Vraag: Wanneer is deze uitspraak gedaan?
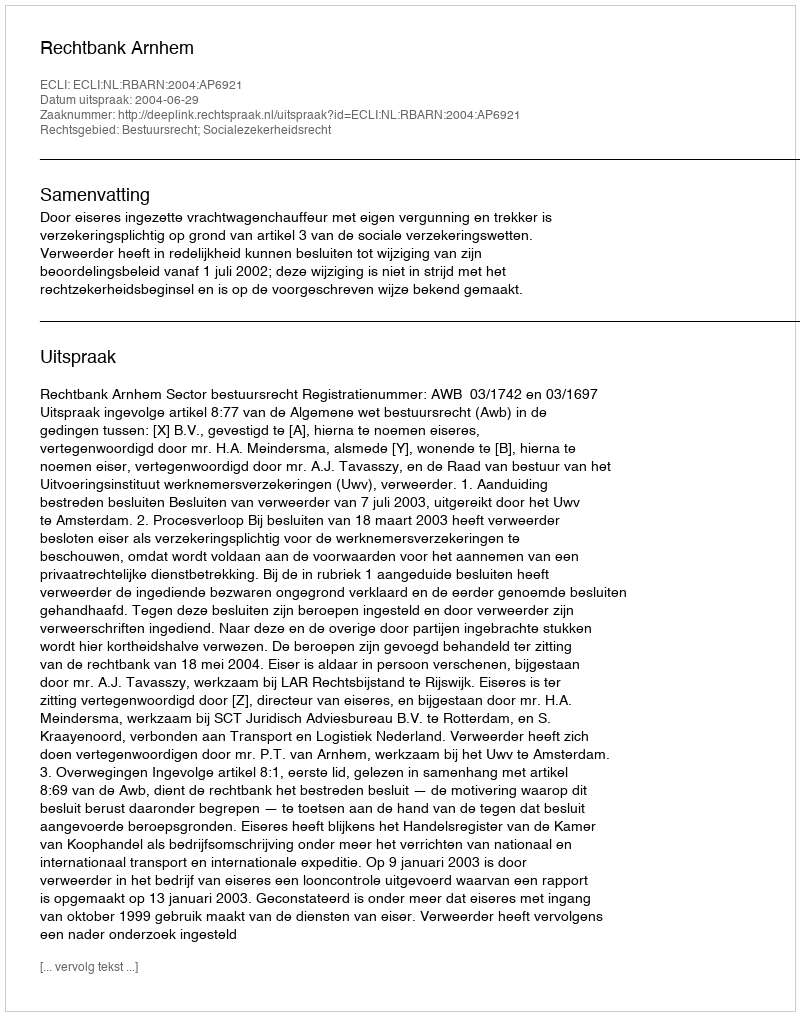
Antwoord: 2004-06-29